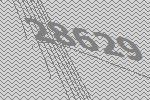
28629